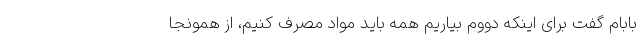
بابام گفت برای اینکه دووم بیاریم همه باید مواد مصرف کنیم، از همونجا